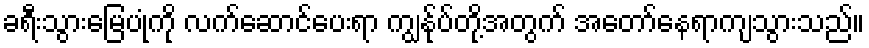
ခရီးသွားမြေပုံကို လက်ဆောင်ပေးရာ ကျွန်ုပ်တို့အတွက် အတော်နေရာကျသွားသည်။